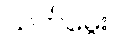
သက်မွေး